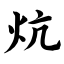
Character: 炕